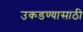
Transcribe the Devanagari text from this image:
उकडण्यासाठी